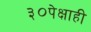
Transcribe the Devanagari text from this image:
३०पेक्षाही